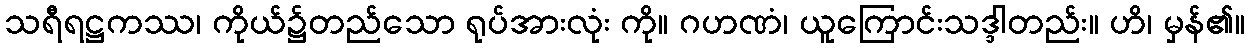
သရီရဋ္ဌကဿ၊ ကိုယ်၌တည်သော ရုပ်အားလုံး ကို။ ဂဟဏံ၊ ယူကြောင်းသဒ္ဒါတည်း။ ဟိ၊ မှန်၏။